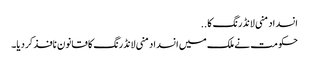
انسداد منی لانڈرنگ کا ..
حکومت نے ملک میں انسداد منی لانڈرنگ کا قانون نافذ کردیا۔